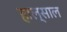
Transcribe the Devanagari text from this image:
हाल्साल